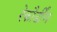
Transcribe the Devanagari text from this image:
रेकौर्डींग